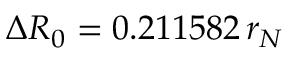
\Delta R _ { 0 } = 0 . 2 1 1 5 8 2 \, r _ { N }